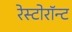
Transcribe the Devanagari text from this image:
रेस्टोरॉन्ट